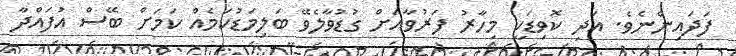
ފަދައިންނެވެ. އަދި ކޮވިޑަކީ މިހާރު ފަރުވާއަށް ގުޑުވާލެވޭ ބަލިމަޑުކަމެއް ކަމަށް ބޭސް އުފައްދާ